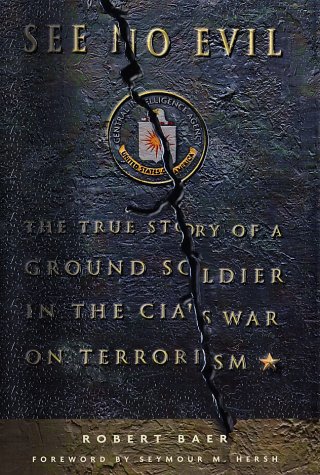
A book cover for See No Evil: The True Story of a Ground Soldier in the CIA's War on Terrorism; Robert Baer; History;